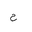
Letter: _ha